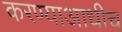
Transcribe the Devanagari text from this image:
करण्याआधीच